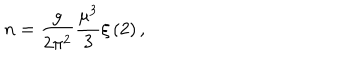
n = \frac { g } { 2 \pi ^ { 2 } } \frac { \mu ^ { 3 } } { 3 } \xi \left( 2 \right) ,